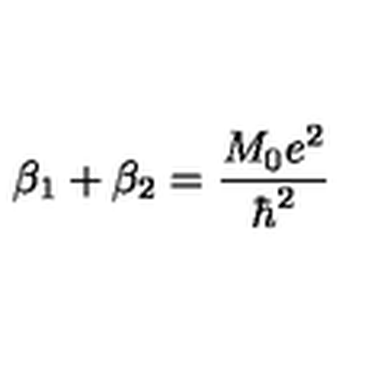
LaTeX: \beta _ { 1 } + \beta _ { 2 } = \frac { M _ { 0 } e ^ { 2 } } { \hbar ^ { 2 } }